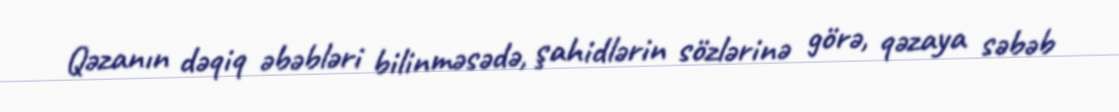
Qəzanın dəqiq əbəbləri bilinməsədə, şahidlərin sözlərinə görə, qəzaya səbəb